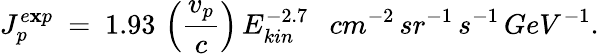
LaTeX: J_{p}^{e\mathbf{x}p}\ =\ 1.93\, \left(\frac{{v_{p}}}{{c}}\right)\, E_{kin}^{-2.7}\ \ \ cm^{-2}\, sr^{-1}\, s^{-1}\, GeV^{-1}.